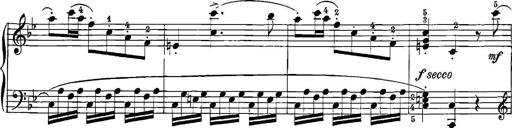
Title: 12 Sonatinas
Composer: Ignaz Pleyel